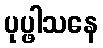
ပုပ္ဖါသနေ